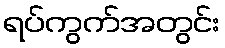
ရပ်ကွက်အတွင်း